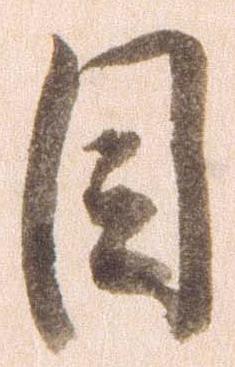
目